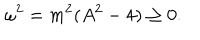
LaTeX: \omega ^ { 2 } = m ^ { 2 } ( A ^ { 2 } - 4 ) \geq 0 .